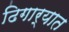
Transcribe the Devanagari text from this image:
ढिगार्यात